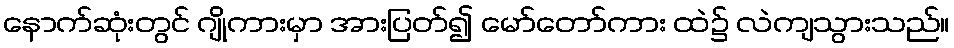
နောက်ဆုံးတွင် ဂျိုကားမှာ အားပြတ်၍ မော်တော်ကား ထဲ၌ လဲကျသွားသည်။